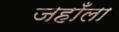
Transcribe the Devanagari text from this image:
जहाँला